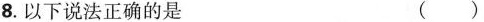
8.以下说法正确的是 ()